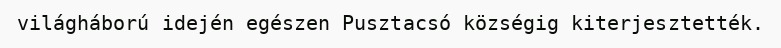
világháború idején egészen Pusztacsó községig kiterjesztették.